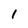
Character: l